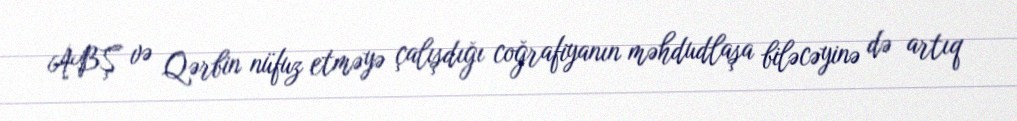
ABŞ və Qərbin nüfuz etməyə çalışdığı coğrafiyanın məhdudlaşa biləcəyinə də artıq